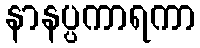
နာနပ္ပကာရကာ